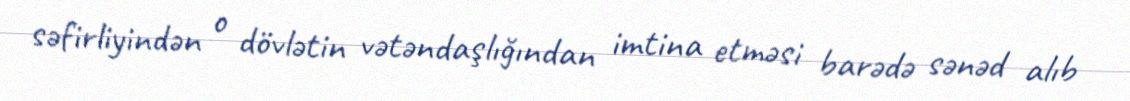
səfirliyindən o dövlətin vətəndaşlığından imtina etməsi barədə sənəd alıb